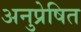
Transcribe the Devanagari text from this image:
अनुप्रेषित